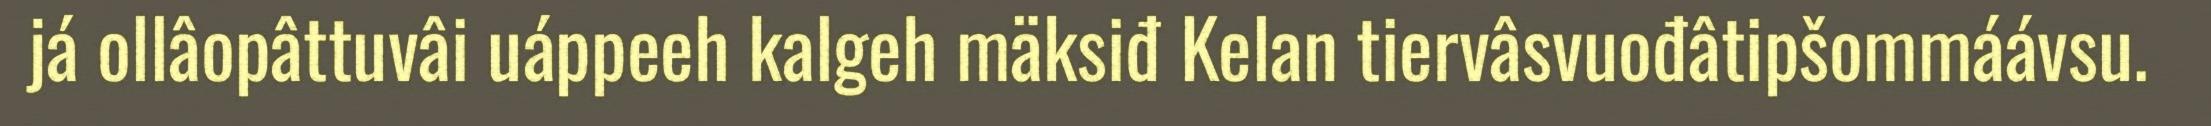
já ollâopâttuvâi uáppeeh kalgeh mäksiđ Kelan tiervâsvuođâtipšommáávsu.